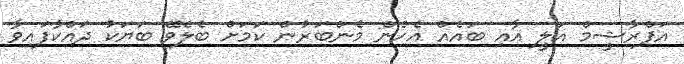
އަފްރާޝީމް އަލީ އާއި ބައެއް އެހެން މެންބަރުން ކަމަށް ބެލެވޭ ބަޔަކު ދައްކާފައިވާ